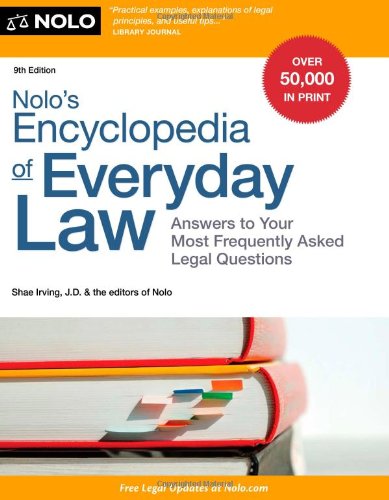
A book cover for Nolo's Encyclopedia of Everyday Law: Answers to Your Most Frequently Asked Legal Questions; Shae Irving; Law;